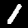
Label: 1